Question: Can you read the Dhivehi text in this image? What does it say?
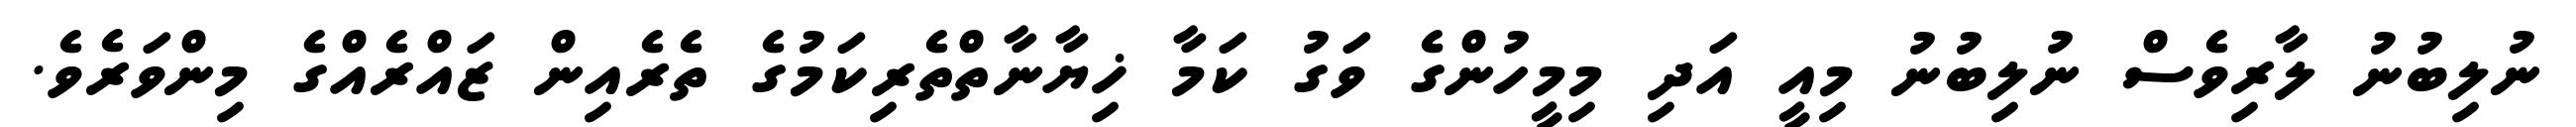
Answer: ނުލިބުނު ލާރިވެސް ނުލިބުނު މިއީ އަދި މިމީހުންގެ ވަގު ކަމާ ޚިޔާނާތްތެރިކަމުގެ ތެރެއިން ޒައްރެއްގެ މިންވަރެވެ.